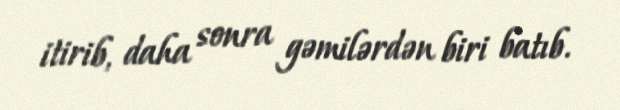
itirib, daha sonra gəmilərdən biri batıb.